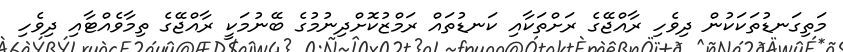
މަތިގަނޑުތަކަކުން ދިވެހި ރާއްޖޭގެ ރަށްތަކާއިި ކަނޑުތައް ރަމްޒުކޮށްދިނުމުގެ ބޭނުމަކީ ރާއްޖޭގެ ތިމާވެއްޓާއި ދިވެހި